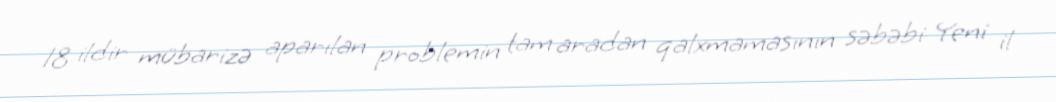
18 ildir mübarizə aparılan problemin tam aradan qalxmamasının səbəbi Yeni il